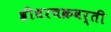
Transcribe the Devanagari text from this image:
श्रीधरचक्रवर्ती